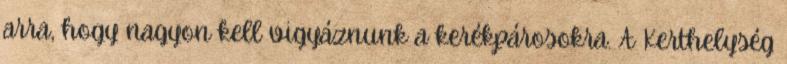
arra, hogy nagyon kell vigyáznunk a kerékpárosokra. A Kerthelység